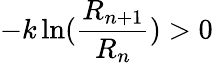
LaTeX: -k\ln({\frac{R_{n+1}}{R_{n}}})>0